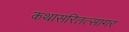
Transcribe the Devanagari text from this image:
कथासरितत्सागर